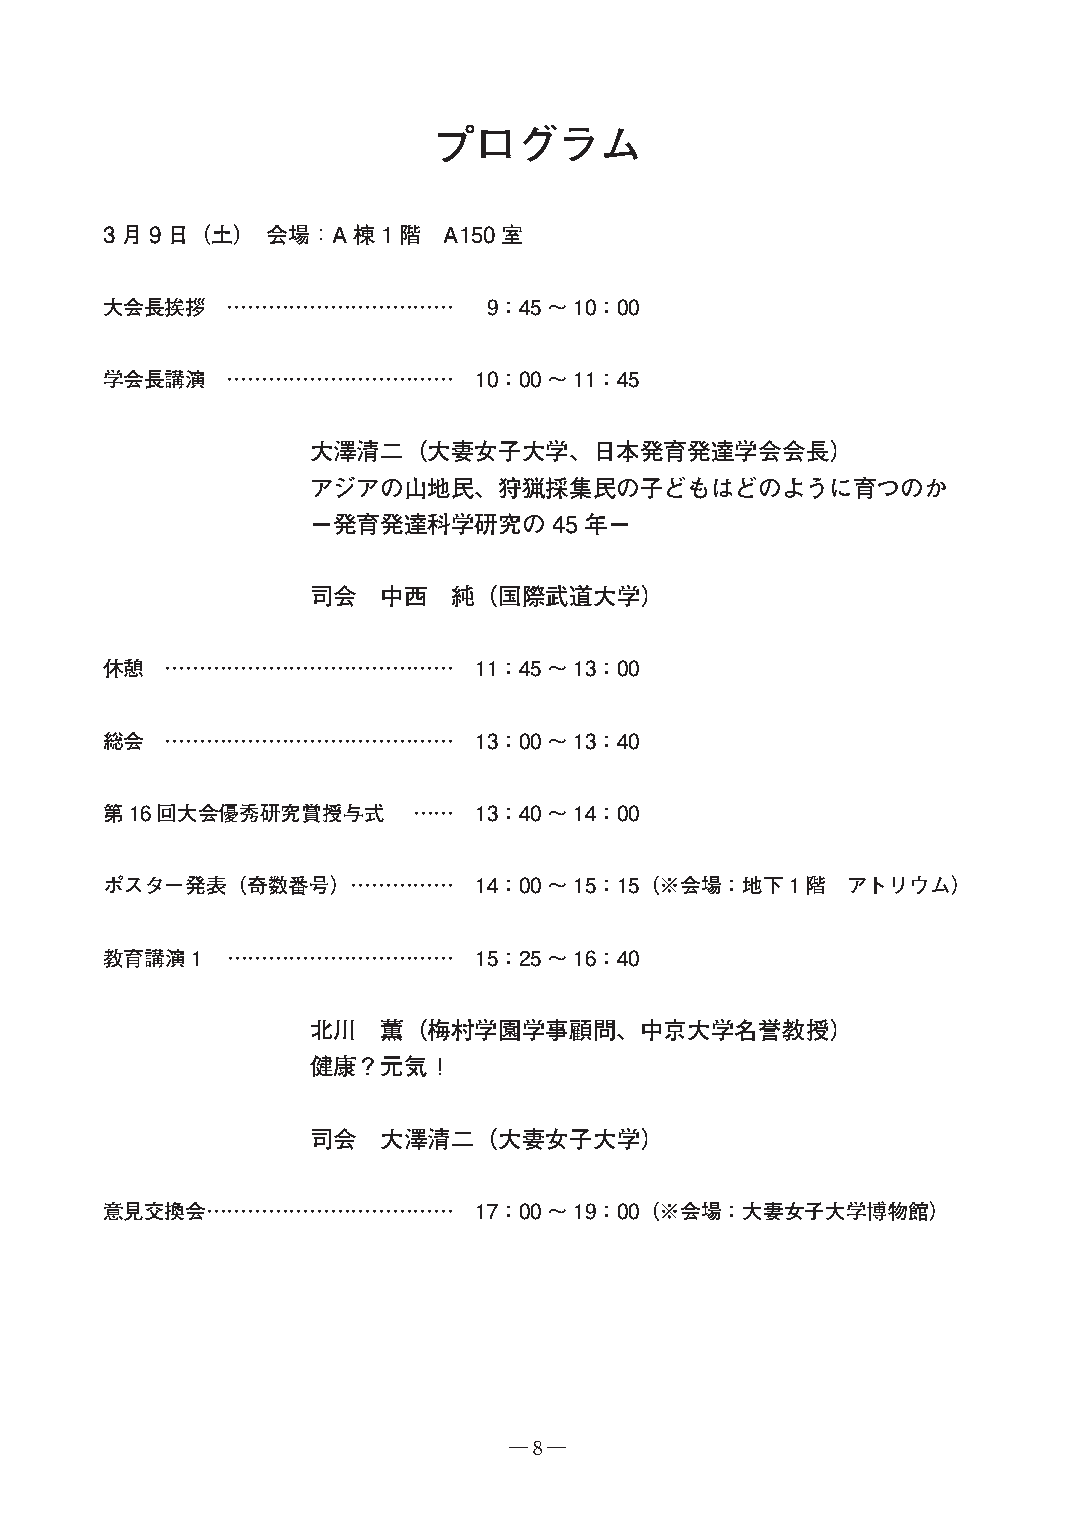
プログラム
 3月9日（土）    会場：A棟1階    A150室
 大会長挨拶   ……………………………      9：45～10：00
 学会長講演   ……………………………     10：00～11：45
 大澤清二（大妻女子大学、日本発育発達学会会長）
 アジアの山地民、狩猟採集民の子どもはどのように育つのか
 －発育発達科学研究の45年－
 司会  中西   純（国際武道大学）
 休憩  ……………………………………      11：45～13：00
 総会  ……………………………………      13：00～13：40
 第16回大会優秀研究賞授与式      ……  13：40～14：00
 ポスター発表（奇数番号）    ……………   14：00～15：15（※会場：地下1階     アトリウム）
 教育講演1   ……………………………     15：25～16：40
 北川  薫（梅村学園学事顧問、中京大学名誉教授）
 健康？元気！
 司会  大澤清二（大妻女子大学）
 意見交換会………………………………       17：00～19：00（※会場：大妻女子大学博物館）
 ―8―